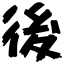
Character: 後